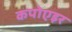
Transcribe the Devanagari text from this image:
कपोएइर